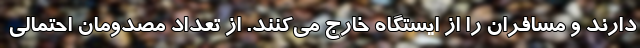
دارند و مسافران را از ایستگاه خارج می‌کنند. از تعداد مصدومان احتمالی